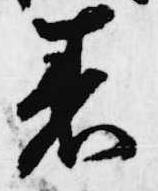
着